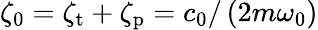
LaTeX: \zeta_{0}=\zeta_{\mathrm{t}}+\zeta_{\mathrm{p}}=c_{0}/\left(2m\omega_{0}\right)